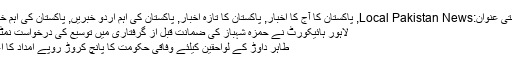
شناختی عنوان:Local Pakistan News, پاکستان کا آج کا اخبار, پاکستان کا تازہ اخبار, پاکستان کی اہم اردو خبریں, پاکستان کی اہم خبریں
لاہور ہائیکورٹ نے حمزہ شہباز کی ضمانت قبل از گرفتاری میں توسیع کی درخواست نمٹا دی
طاہر داوڑ کے لواحقین کیلئے وفاقی حکومت کا پانچ کروڑ روپے امداد کا اعلان